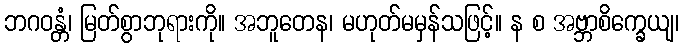
ဘဂဝန္တံ၊ မြတ်စွာဘုရားကို။ အဘူတေန၊ မဟုတ်မမှန်သဖြင့်။ န စ အဗ္ဘာစိက္ခေယျ၊